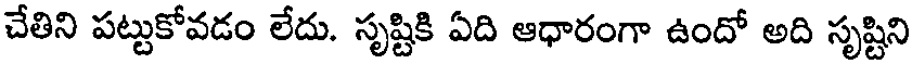
చేతిని పట్టుకోవడం లేదు. సృష్టికి ఏది ఆధారంగా ఉందో అది సృష్టిని